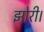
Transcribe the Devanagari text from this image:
झोरी।